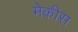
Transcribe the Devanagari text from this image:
मेकीस